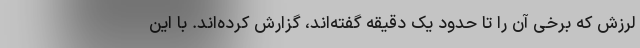
لرزش که برخی آن را تا حدود یک دقیقه گفته‌اند، گزارش کرده‌اند. با این